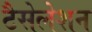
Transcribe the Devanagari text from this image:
टैसेलेशन